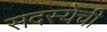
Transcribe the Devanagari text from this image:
सदस्येची